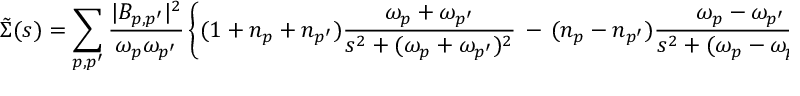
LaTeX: \tilde { \Sigma } ( s ) = \sum _ { p , p ^ { \prime } } \frac { | { \cal B } _ { p , p ^ { \prime } } | ^ { 2 } } { \omega _ { p } \omega _ { p ^ { \prime } } } \left\{ ( 1 + n _ { p } + n _ { p ^ { \prime } } ) \frac { \omega _ { p } + \omega _ { p ^ { \prime } } } { s ^ { 2 } + ( \omega _ { p } + \omega _ { p ^ { \prime } } ) ^ { 2 } } \, - \, ( n _ { p } - n _ { p ^ { \prime } } ) \frac { \omega _ { p } - \omega _ { p ^ { \prime } } } { s ^ { 2 } + ( \omega _ { p } - \omega _ { p ^ { \prime } } ) ^ { 2 } } \right\}